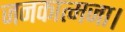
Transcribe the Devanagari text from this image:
जनकात्मजा।